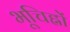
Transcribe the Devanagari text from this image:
भूचिह्नों